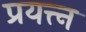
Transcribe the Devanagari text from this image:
प्रयत्त्‍न